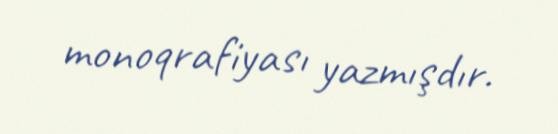
monoqrafiyası yazmışdır.